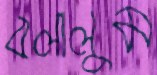
বলালুম